General report no. 6 on the lunatic asylums, vaccination and dispensaries in the Bengal Presidency, 1873 -
Year: 1873
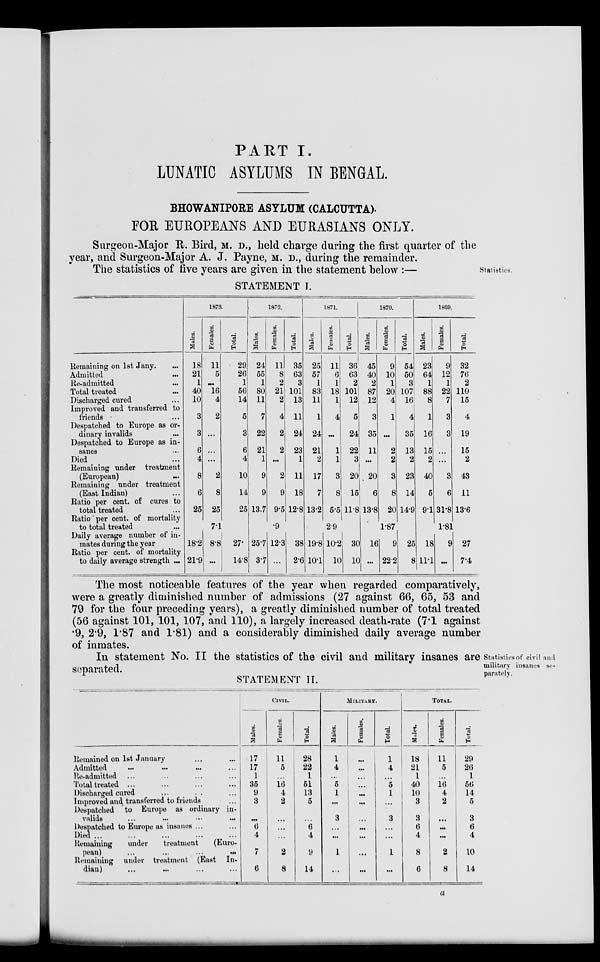
PART I.
LUNATIC ASYLUMS IN BENGAL.
BHOWANIPORE ASYLUM (CALCUTTA).
FOR EUROPEANS AND EURASIANS ONLY.
Surgeon-Major R. Bird, M. D., held charge during the first quarter of the
year, and Surgeon-Major A. J. Payne, M. D., during the remainder.
Statistics.
The statistics of five years are given in the statement below :—
STATEMENT I.
Remaining on 1st Jany. ...
Admitted ...
Re-admitted ...
Total treated ...
Discharged cured ...
Improved and transferred to
friends ...
Despatched to Europe as or-
dinary invalids ...
Despatched to Europe as in¬
sanes ...
Died ...
Remaining under treatment
(European) ...
Remaining under treatment
(East Indian) ...
Ratio per cent. of cures to
total treated ...
Ratio per cent. of mortality
to total treated ...
Daily average number of in-
mates during the year ...
Ratio per cent. of mortality
to daily average strength ...
1873.
Males.
18
21
1
40
10
3
3
6
4
8
6
25
Females.
11
5
...
16
4
2
...
...
...
2
8
25
Total.
29
26
1
56
14
5
3
6
4
10
14
25
7.1
18.2
21.9
8.8
...
27.
14.8
1872.
Males.
24
55
1
80
11
7
22
21
1
9
9
13.7
Females.
11
8
2
21
2
4
2
2
...
2
9
9.5
Total.
35
63
3
101
13
11
24
23
1
11
18
12.8
.9
25.7
37
12.3
...
38
2.6
1871.
Males.
25
57
1
83
11
1
24
21
2
17
7
13.2
Females.
11
6
1
18
1
4
...
1
1
3
8
55
Total.
36
63
2
101
12
5
24
22
3
20
15
11.8
29
19.8
10.1
10.2
10
30
10
1870.
Males.
45
40
2
87
12
3
35
11
...
20
13.8
Females.
9
10
1
20
4
1
...
2
2
3
8
20
Total.
54
50
3
107
16
4
35
13
2
23
14
14.9
1.87
16
...
9
22.2
25
8
1869.
Males.
23
64
1
88
8
1
16
15
2
40
5
91
Females.
9
12
1
22
7
3
3
...
...
3
6
31.8
Total.
32
76
2
110
15
4
19
15
2
43
11
13.6
1.81
18
11.1
9
...
27
7.4
The most noticeable features of the year when regarded comparatively,
were a greatly diminished number of admissions (27 against 66, 65, 53 and
79 for the four preceding years), a greatly diminished number of total treated
(56 against 101, 101, 107, and 110), a largely increased death-rate (7.1 against
.9, 2.9, 1.87 and 1.81) and a considerably diminished daily average number
of inmates.
Statistics
of
civil
and
military
insanes
se-
parately.
In statement No. II the statistics of the civil and military insanes are
separated.
STATEMENT II.
Remained on 1st January ... ...
Admitted ... ... ... ...
Re-admitted ... ... ... ...
Total treated ... ... ... ...
Discharged cured ... ... ...
Improved and transferred to friends ...
Despatched to Europe as ordinary in-
valids ... ... ... ...
Despatched to Europe as insunes ...
Died
...
...
...
...
...
Remaining
under
treatment
(Euro-
pean)
...
...
...
...
Remaining under treatment (East In-
dian) ... ... ... ...
CIVIL.
Males.
17
17
1
35
9
3
...
6
4
7
6
Females.
11
5
...
16
4
2
...
...
...
2
8
Total.
28
22
1
51
13
5
...
6
4
9
14
MILITARY.
Males.
1
4
...
5
1
...
3
...
...
1
...
Females.
...
...
...
...
...
...
...
...
...
...
...
Total.
1
4
...
5
1
...
3
...
...
1
...
TOTAL.
Males.
18
21
1
40
10
3
3
6
4
8
6
Females.
11
5
...
16
4
2
...
...
...
2
8
Total.
29
26
1
56
14
5
3
6
4
10
14
a